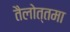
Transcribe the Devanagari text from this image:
तैलोत्तमा